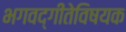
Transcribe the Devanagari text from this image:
भगवद्‌गीतेविषयक